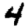
Digit: 4